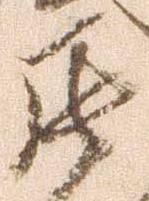
罷